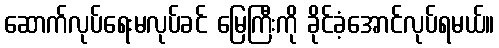
ဆောက်လုပ်ရေးမလုပ်ခင် မြေကြီးကို ခိုင်ခံ့အောင်လုပ်ရမယ်။